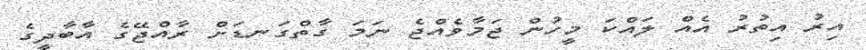
އިރު އިތުރު އެއް ލައްކަ މީހުން ޖަމާވެއްޖެ ނަމަ ގާތްގަނޑަށް ރާއްޖޭގެ އާބާދީގެ